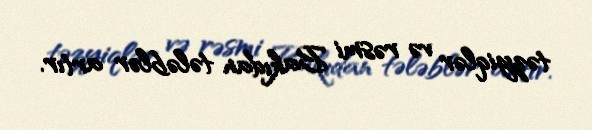
təzyiqlər və rəsmi Bakıdan tələblər artır.